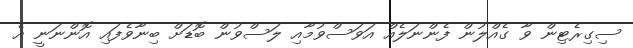
ސިގިރެޓިން ވާ ގެއްލުން ފެންނަލެއް އަވަސްވުމާއި ލަސްވުން ބޮޑަށް ބިނާވެފައި އޮންނަނީ އެ